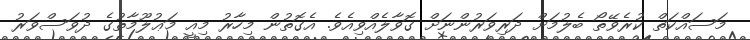
މަސައްކަތް ކުރެވޭތޯ ބެލުމަށް ދަރިވަރުންނަށް ގޮވާލެއްވިއެވެ. އެގޮތުން މިހާރު މިއީ މަޢުލޫމާތުގެ ދުވަސްވަރު